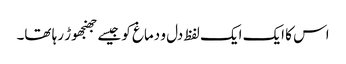
اس کا ایک ایک لفظ دل و دماغ کو جیسے جھنجھوڑ رہا تھا۔